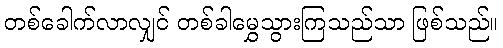
တစ်ခေါက်လာလျှင် တစ်ခါမွှေသွားကြသည်သာ ဖြစ်သည်။